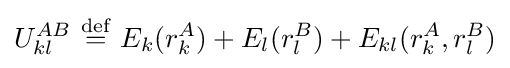
U_{kl}^{AB}\ {\stackrel {\mathrm {def} }{=}}\ E_{k}(r_{k}^{A})+E_{l}(r_{l}^{B})+E_{kl}(r_{k}^{A},r_{l}^{B})